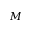
M